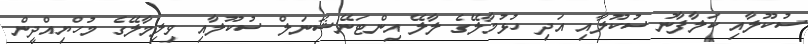
ސުކޫލާއި ކަލާފާނު ސުކޫލާއި އަދި ހުޅުމާލޭގެ ލާލޭ އިންޓަނޭޝަނަލް ސުކޫލާއި ވިލިމާލޭގެ މުހްޔިއްދީން